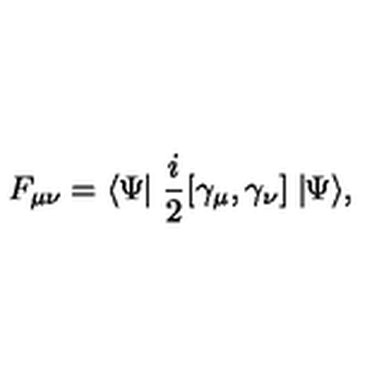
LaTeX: F _ { \mu \nu } = \langle \Psi \! \! \mid \frac { i } { 2 } [ \gamma _ { \mu } , \gamma _ { \nu } ] \mid \! \! \Psi \rangle ,